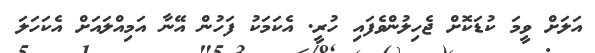
އަލަށް ވީމަ ކުޑަކޮށް ޖެހިލުންވެފައި ހުރީ. އެކަމަކު ފަހުން އޭނާ އަމިއްލައަށް އެކަހަލަ